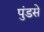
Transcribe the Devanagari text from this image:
पुंडसे